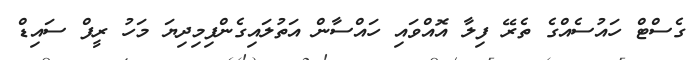
ގެސްޓް ހައުސެއްގެ ތެރޭ ފިލާ އޮއްވައި ހައްސާން އަތުލައިގެންފިމިިދިޔަ މަހު ރީފް ސައިޑް